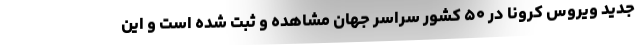
جدید ویروس کرونا در ۵۰ کشور سراسر جهان مشاهده و ثبت شده است و این